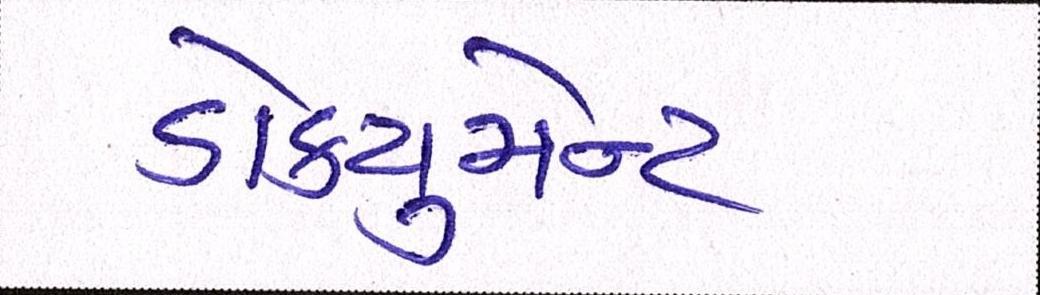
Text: ડોકયુમેન્ટ